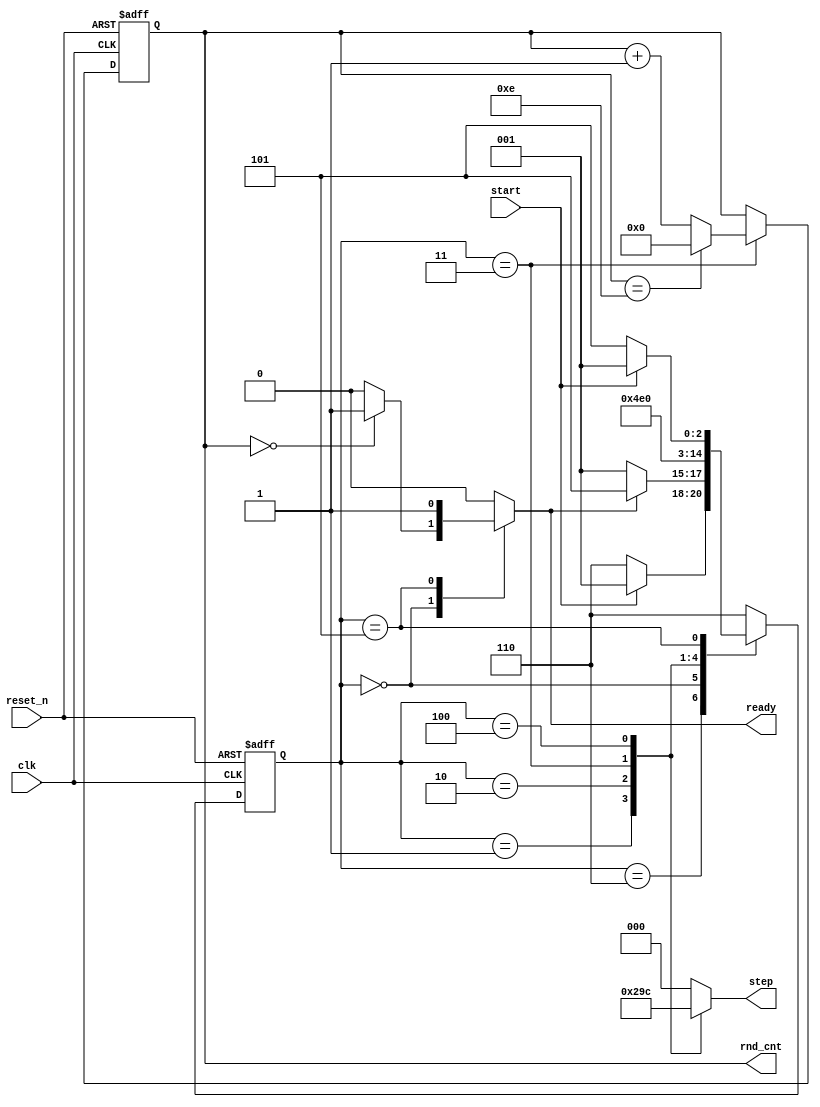
`timescale 1ns / 1ps

// ---------- ROUND AND STEP COUNTERS ----------

module counters    (
                    clk,
                    reset_n,
                    start,
                    rnd_cnt,            // output
                    step,               // output
                    ready               // output
                    );


// ---------- MODULE INTERFACE ----------

input               clk;                // global clock
input               reset_n;            // global negative edge reset
input               start;              // start encryption
output reg  [3:0]   rnd_cnt;            // round counter [0 to 14]
output reg  [2:0]   step;               // step counter [0 to 4]
output reg          ready;              // encryption done


// ---------- MODULE REGISTERS AND SIGNALS ----------

parameter           max_rnd = 4'd14;    // AES-256 requires 14 rounds (plus round 0)
parameter           max_steps = 4'd4;   // every round consists on 5 steps (0 to 4)

reg [2:0]           current_state, next_state;
parameter           IDLE = 3'd6,
                    S0 = 3'd0,
                    S1 = 3'd1,
                    S2 = 3'd2,
                    S3 = 3'd3,
                    S4 = 3'd4,
                    DONE = 3'd5;


// ---------- STATE MACHINE ----------

always @ (posedge clk or negedge reset_n)
  begin: STATE_MEMORY
  
    if (!reset_n)   current_state <= IDLE;
    else            current_state <= next_state;
    
  end


always @ (current_state or start or ready or reset_n)
  begin: NEXT_STATE_LOGIC
  
    case (current_state)
      IDLE :    next_state = (start) ? S1 : IDLE;   // start step counter with start
      S0 :      next_state = (ready) ? DONE : S1;   // to DONE if ready, else continue encryption
      S1 :      next_state = S2;
      S2 :      next_state = S3;
      S3 :      next_state = S4;
      S4 :      next_state = S0;                    // resets after step = 4
      DONE:     next_state = (start) ? S1 : DONE;   // it can start from DONE state
      default : next_state = IDLE;
    endcase
    
  end


always @ (current_state or rnd_cnt)
  begin: OUTPUT_LOGIC
  
    case (current_state)
      IDLE :  begin  
                step = 3'd0;
                ready = 1'b0;
              end
              
      S0 :    begin
                step = 3'd0;
                if (rnd_cnt == 0)   ready = 1'b1;   // when round counter finishes and step = 0
                else                ready = 1'b0;
              end

      S1 :    begin
                step = 3'd1;
                ready = 1'b0;
              end
      
      S2 :    begin
                step = 3'd2;
                ready = 1'b0;
              end
      
      S3 :    begin
                step = 3'd3;
                ready = 1'b0;
              end
      
      S4 :    begin
                step = 3'd4;
                ready = 1'b0;
              end
               
      DONE :  begin  
                step = 3'd0;
                ready = 1'b1;       // Encryption DONE
              end
              
      default : begin  
                  step = 3'd0;
                  ready = 1'b0;
                end
    endcase
    
  end

always @ (posedge clk or negedge reset_n)
  begin
  
    if (!reset_n)
      begin
        rnd_cnt <= 4'b0;                            // reset of round counter
      end
    else
      if(current_state == S3)                       // round counter only when step = 3
        if (rnd_cnt == max_rnd) rnd_cnt <= 4'b0;    // reset when round = 14
        else                    rnd_cnt <= rnd_cnt + 1;

  end


endmodule